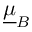
\underline { { \boldsymbol { \mu } } } _ { B }